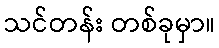
သင်တန်း တစ်ခုမှာ။